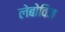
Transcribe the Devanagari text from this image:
लेबोविज